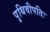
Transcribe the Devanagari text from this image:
पृथिवीपतिः